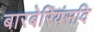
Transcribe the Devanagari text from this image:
बारबेरियंसदि